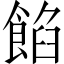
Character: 餡